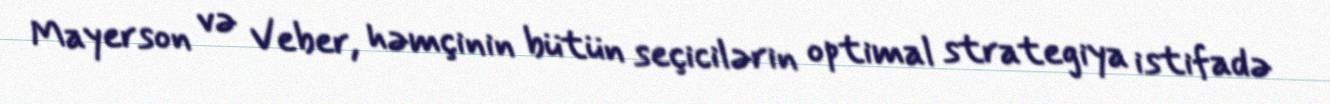
Mayerson və Veber, həmçinin bütün seçicilərin optimal strategiya istifadə